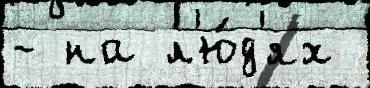
- на л'ю́д'ях